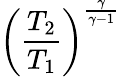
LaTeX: \left({\frac{T_{2}}{T_{1}}}\right)^{\frac{\gamma}{\gamma-1}}